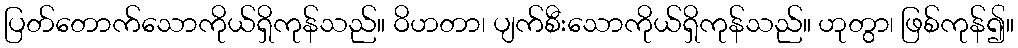
ပြတ်တောက်သောကိုယ်ရှိကုန်သည်။ ဝိဟတာ၊ ပျက်စီးသောကိုယ်ရှိကုန်သည်။ ဟုတွာ၊ ဖြစ်ကုန်၍။